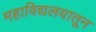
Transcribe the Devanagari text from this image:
महाविद्यलयातून